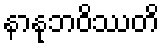
နာနုဘဝိဿတိ